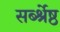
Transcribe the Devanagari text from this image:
सर्ब्श्रेष्ठ